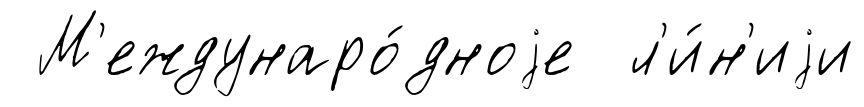
М'еждунаро́дноjе л'и́н'иjи